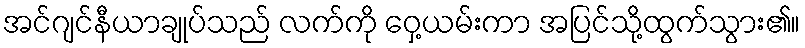
အင်ဂျင်နီယာချုပ်သည် လက်ကို ဝှေ့ယမ်းကာ အပြင်သို့ထွက်သွား၏။